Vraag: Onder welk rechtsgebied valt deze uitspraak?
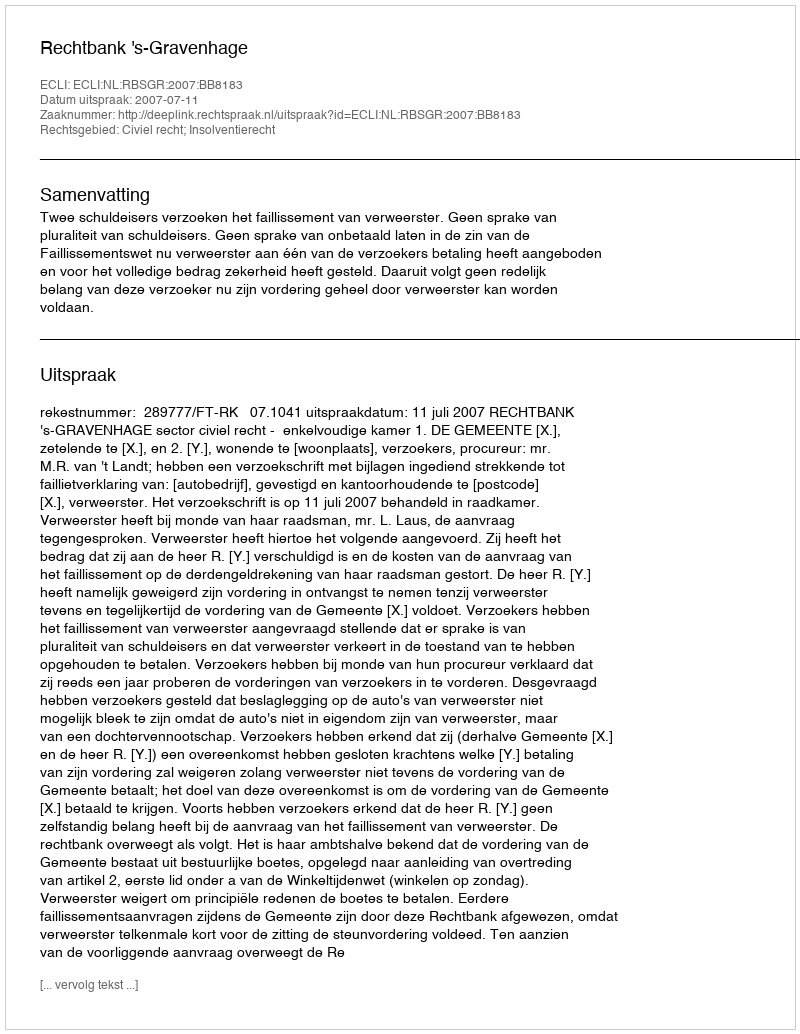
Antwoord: Civiel recht; Insolventierecht